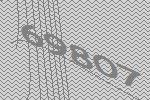
69807